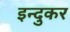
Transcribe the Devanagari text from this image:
इन्दुकर